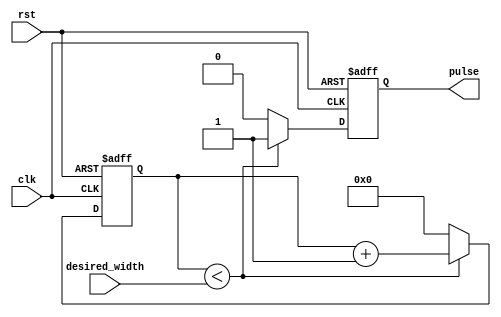
module VariablePulseWidthGenerator (
    input wire clk,
    input wire rst,
    input wire [7:0] desired_width,
    output reg pulse
);

reg [7:0] count;

always @ (posedge clk or posedge rst) begin
    if (rst) begin
        count <= 8'h00;
        pulse <= 1'b0;
    end else begin
        if (count < desired_width) begin
            count <= count + 1;
            pulse <= 1'b1;
        end else begin
            count <= 8'h00;
            pulse <= 1'b0;
        end
    end
end

endmodule